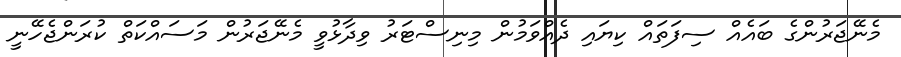
މެނޭޖަރުންގެ ބައެއް ސިފަތައް ކިޔައި ދެއްވަމުން މިނިސްޓަރު ވިދާޅުވީ މެނޭޖަރުން މަސައްކަތް ކުރަންޖެހޭނީ